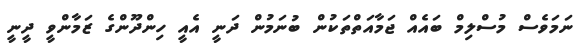
ނަމަވެސް މުސްލިމް ބައެއް ޖަމާއަތްތަކުން ބުނަމުން ދަނީ އެއީ ހިންދޫންގެ ޒަމާންވީ ދީނީ